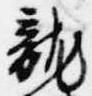
龍